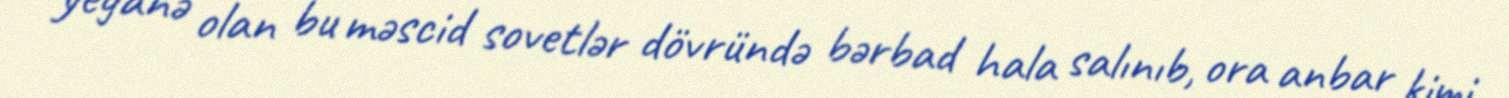
yeganə olan bu məscid sovetlər dövründə bərbad hala salınıb, ora anbar kimi